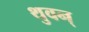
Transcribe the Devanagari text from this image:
थुवन्